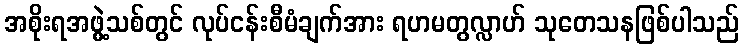
အစိုးရအဖွဲ့သစ်တွင် လုပ်ငန်းစီမံချက်အား ရဟမတွလ္လာဟ် သုတေသနဖြစ်ပါသည်